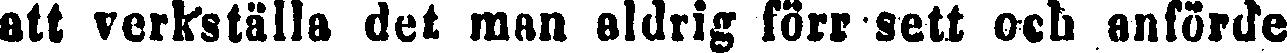
att verkställa det man aldrig förr sett och anförde